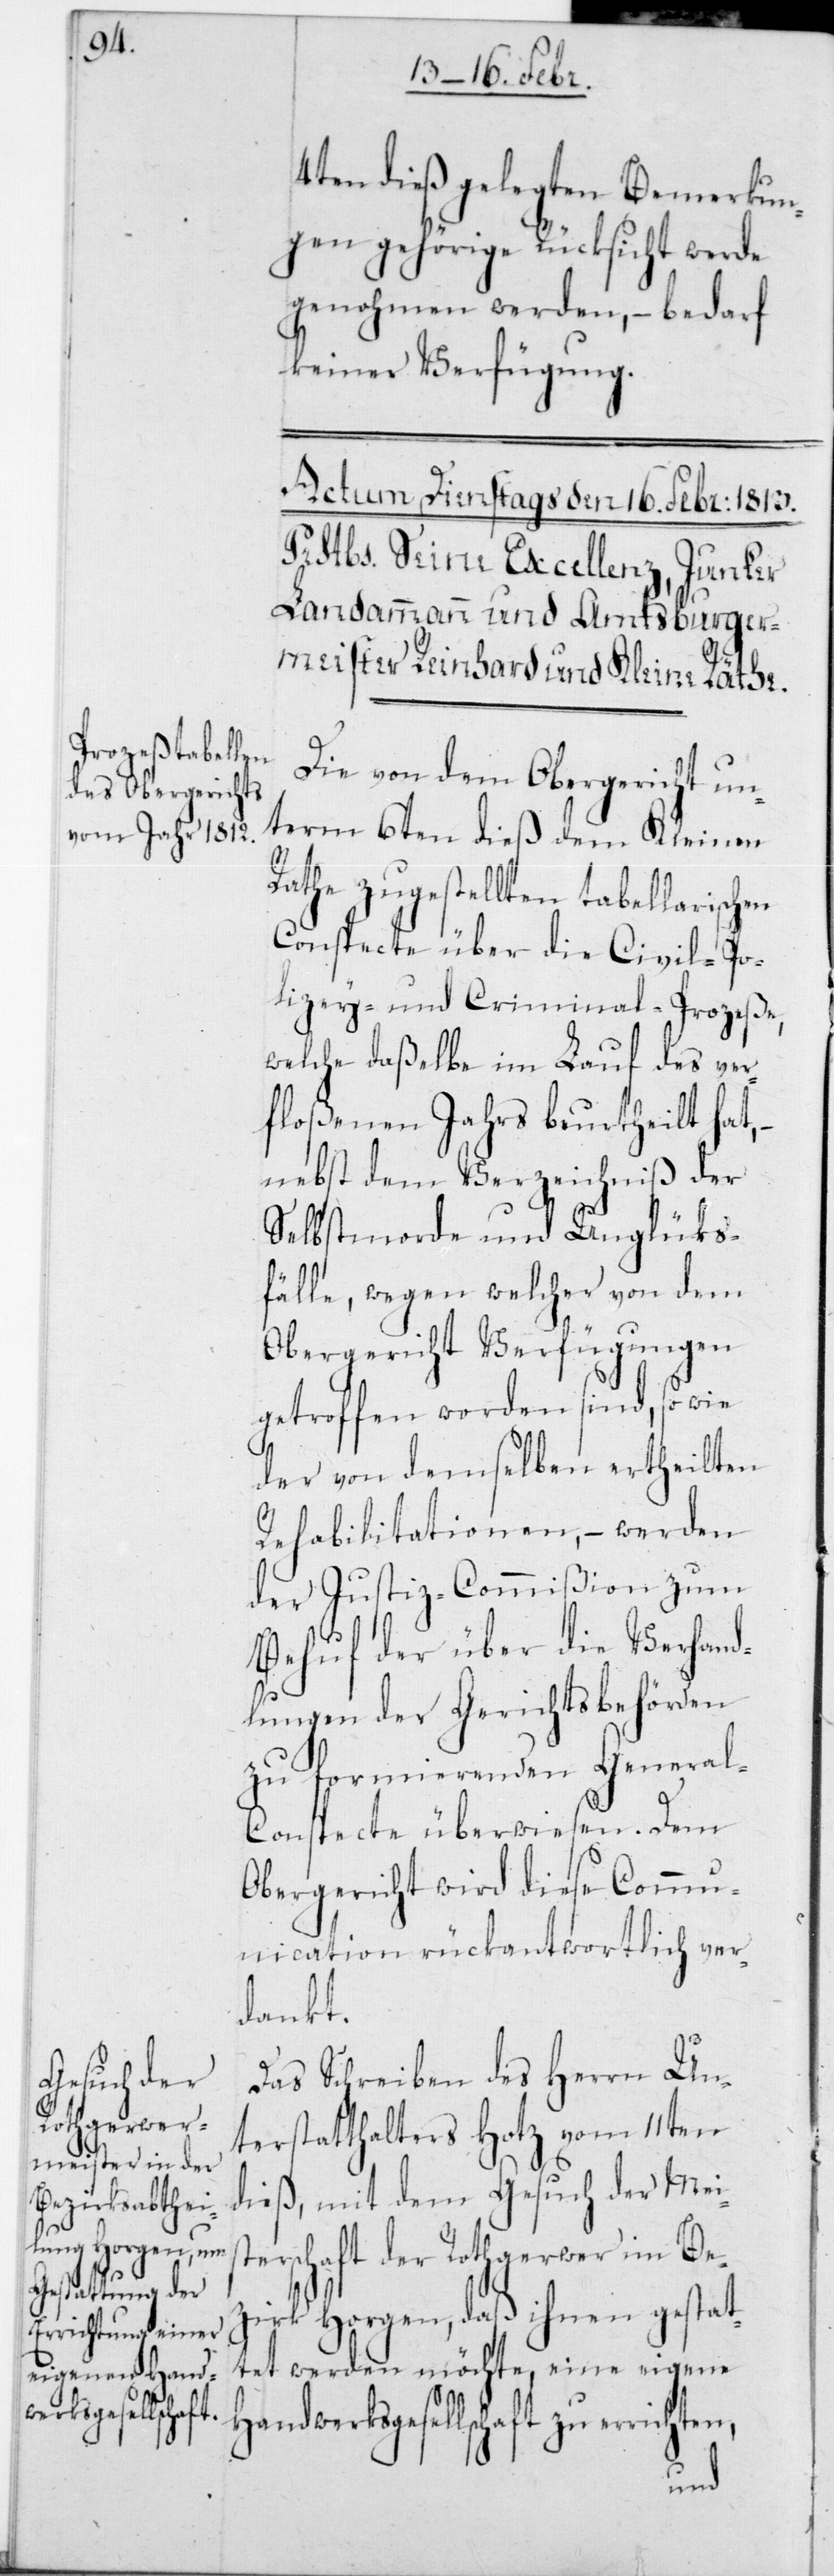
werksgesellschaft

4ten dieß gelegten Bemerkun¬
gen gehörige Rücksicht werde
genohmen werden, – bedarf
keiner Verfügung.
Die von dem Obergericht un¬
term 6ten dieß dem Kleinen
Rathe zugestellten tabellarischen
Conspecte über die Civil- [,]
Polizey- und Criminal-Prozeße,
welche daßelbe im Lauf des ver¬
floßenen Jahrs beurtheilt hat,
nebst dem Verzeichniß der
Selbstmorde und Unglüks¬
fälle, wegen welcher von dem
Obergericht Verfügungen
getroffen worden sind, so wie
der von demselben ertheilten
Rehabilitationen, – werden
der Justiz-Commißion zum
Behuf der über die Verhand¬
lungen der Gerichtsbehörden
zu formierenden Genera¬
l-Conspecte überwiesen. Dem
Obergericht wird diese Commu¬
nication rückantwortlich ver¬
dankt.
Das Schreiben des Herrn Un¬
terstatthalters Hotz vom 11ten
dieß, mit dem Gesuch der Meis¬
terschaft der Rothgerwer im Bez¬
irk Horgen, daß ihnen gestat¬
tet werden möchte, eine eigene
Hand¬